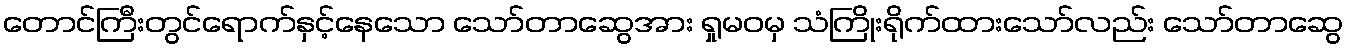
တောင်ကြီးတွင်ရောက်နှင့်နေသော သော်တာဆွေအား ရှုမဝမှ သံကြိုးရိုက်ထားသော်လည်း သော်တာဆွေ